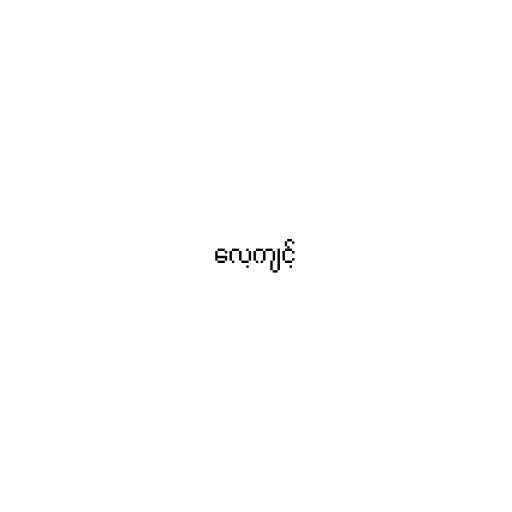
လေ့ကျင့်